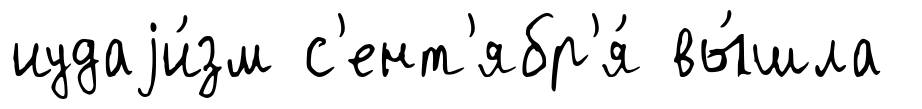
иудаjи́зм с'ент'ябр'я́ вы́шла